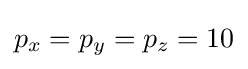
p_{x}=p_{y}=p_{z}=10